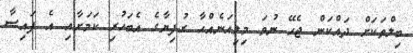
ބިލްތަކަށް ދައްކަން ޖެހޭ ނުވަ މިލިއަނެއްހާ ރުފިޔާގެ އެބަހުރި ކަމަށާއި އެ ފައިސާ